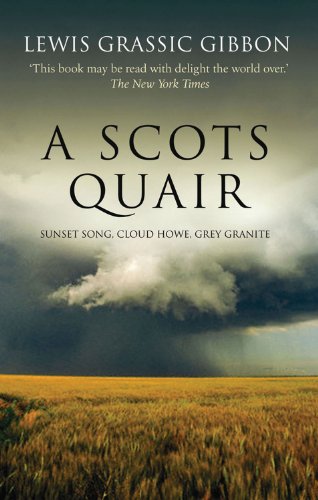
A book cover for A Scots Quair: Sunset Song, Cloud Howe, Grey Granite; Lewis Grassic Gibbon; Literature & Fiction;